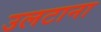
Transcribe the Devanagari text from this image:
उलटाना